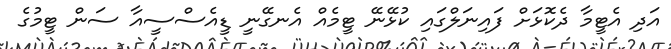
އަދި އެޓީމާ ދެކޮޅަށް ފައިނަލްގައި ކުޅޭނޭ ޓީމެއް އެނގޭނީ ޑީއެސްސީއާ ސަން ޓީމުގެ